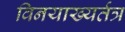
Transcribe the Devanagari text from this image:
विनयाख्यर्तत्र